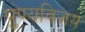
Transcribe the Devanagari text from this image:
पुण्यविजय